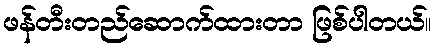
ဖန်တီးတည်ဆောက်ထားတာ ဖြစ်ပါတယ်။